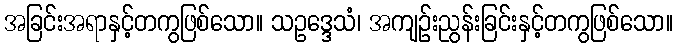
အခြင်းအရာနှင့်တကွဖြစ်သော။ သဥဒ္ဒေသံ၊ အကျဉ်းညွန်းခြင်းနှင့်တကွဖြစ်သော။